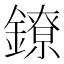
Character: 鐐